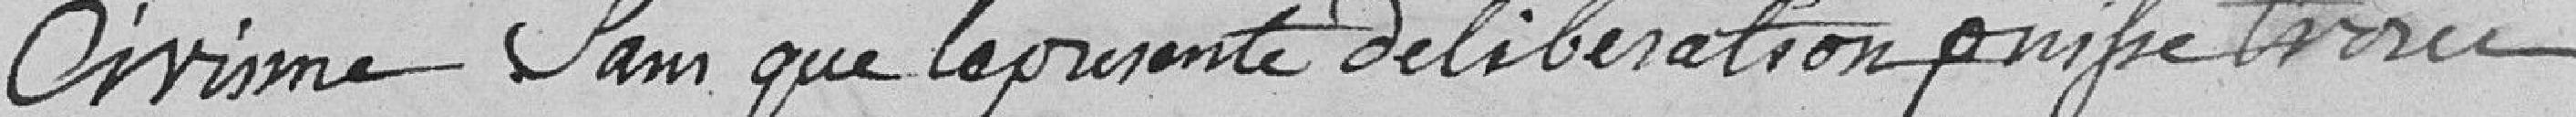
civisme sans que la présente délibération puise tirée